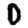
Digit: 0